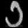
Digit: ၁